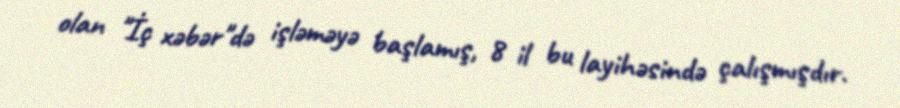
olan "İç xəbər"də işləməyə başlamış, 8 il bu layihəsində çalışmışdır.